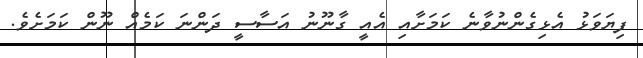
ފިޔަވަޅު އެޅިގެންނުވާނެ ކަމަށާއި އެއީ ގާނޫނު އަސާސީ ދަންނަ ކަމެއް ނޫން ކަމަށެވެ.